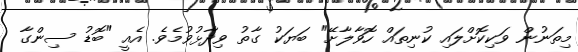
މިތަނުން ވަކިކޮށްލައި ކުނިތައް ހޮވާލާށޭ" ބަޔަކު ގާތު ވިދާޅުވުމެވެ. އެއީ "ބޮޑު ސިންގާ